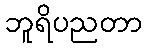
ဘူရိပညတာ